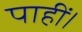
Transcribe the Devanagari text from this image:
पाहीं।